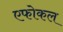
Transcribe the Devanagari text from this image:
एफोकल